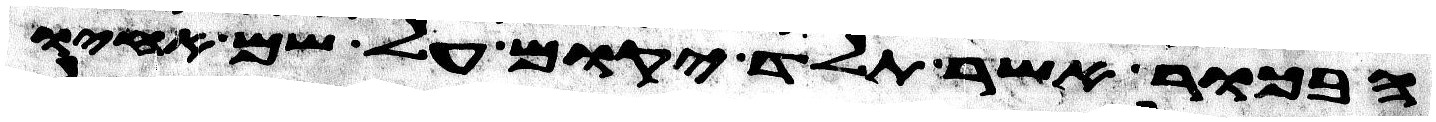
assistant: הבכור אשר תלד יקום על שם אחיו